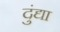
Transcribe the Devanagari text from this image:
दुंद्या